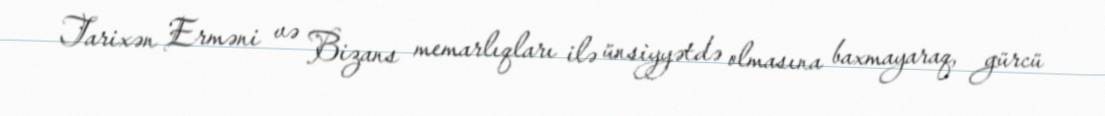
Tarixən Erməni və Bizans memarlıqları ilə ünsiyyətdə olmasına baxmayaraq, gürcü